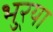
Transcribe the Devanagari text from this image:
भुर्‍या